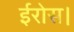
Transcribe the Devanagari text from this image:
ईरोस।